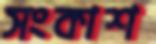
সংকাশ